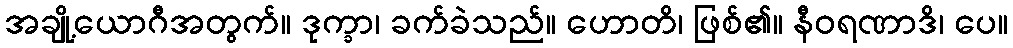
အချို့ယောဂီအတွက်။ ဒုက္ခာ၊ ခက်ခဲသည်။ ဟောတိ၊ ဖြစ်၏။ နီဝရဏာဒိ၊ ပေ။